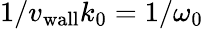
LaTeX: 1/{v_{\mathrm{wall}}}k_{0}=1/\omega_{0}